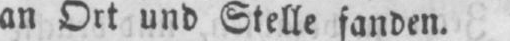
an Ort und Stelle fanden.